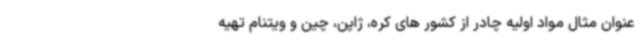
عنوان مثال مواد اولیه چادر از کشور های کره، ژاپن، چین و ویتنام تهیه